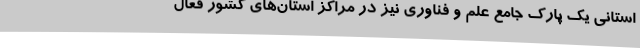
استانی یک پارک جامع علم و فناوری نیز در مراکز استان‌های کشور فعال